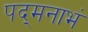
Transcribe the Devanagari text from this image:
पद्‌मनाभं